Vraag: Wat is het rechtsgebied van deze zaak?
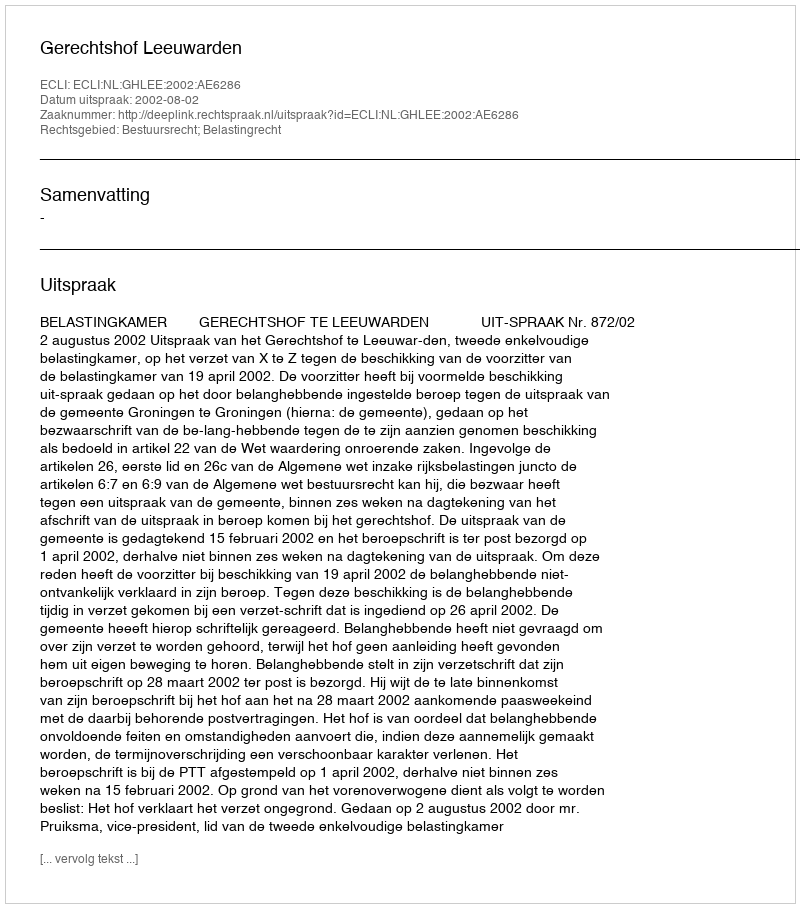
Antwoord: Bestuursrecht; Belastingrecht